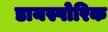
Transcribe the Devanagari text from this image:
डायस्पोरिक